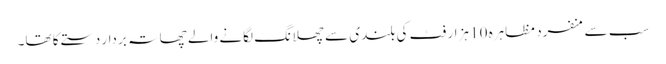
سب سے منفرد مظاہرہ 10 ہزار فٹ کی بلندی سے چھلانگ لگانے والے چھاتہ بردار دستے کا تھا۔